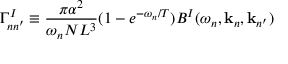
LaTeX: \Gamma _ { n n ^ { \prime } } ^ { I } \equiv \frac { \pi \alpha ^ { 2 } } { \omega _ { n } N L ^ { 3 } } ( 1 - e ^ { - \omega _ { n } / T } ) B ^ { I } ( \omega _ { n } , { \bf k } _ { n } , { \bf k } _ { n ^ { \prime } } )